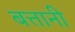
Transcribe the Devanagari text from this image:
बत्तानी